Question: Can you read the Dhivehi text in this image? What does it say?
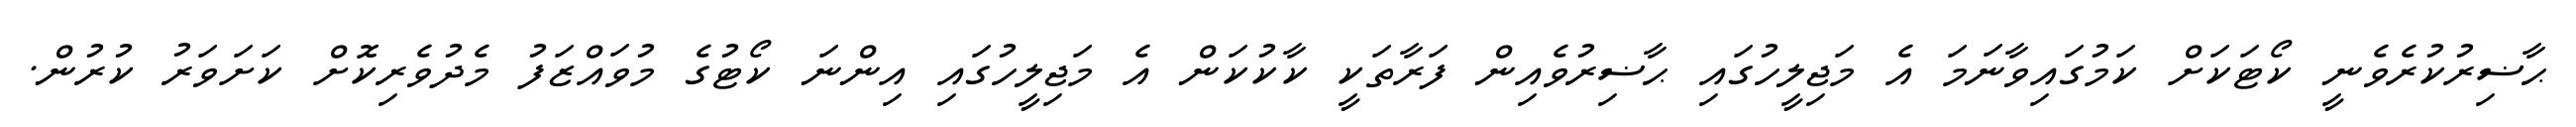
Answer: ޙާޟިރުކުރެވެނީ ކޯޓަކަށް ކަމުގައިވާނަމަ އެ މަޖިލީހުގައި ޙާޟިރުވެއިން ފަރާތަކީ ކާކުކަން އެ މަޖިލީހުގައި އިންނަ ކޯޓުގެ މުވައްޒަފު މެދުވެރިކޮށް ކަށަވަރު ކުރުން.